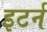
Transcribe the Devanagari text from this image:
इटर्न